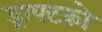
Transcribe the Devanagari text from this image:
ड्राफ्टको